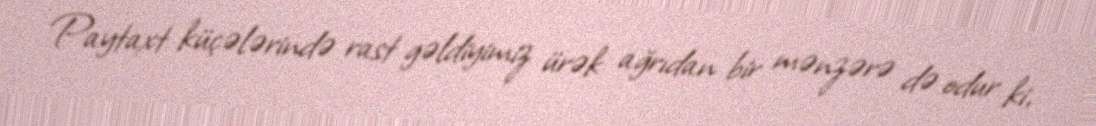
Paytaxt küçələrində rast gəldiyimiz ürək ağrıdan bir mənzərə də odur ki,